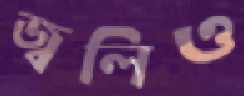
জ্বলিও